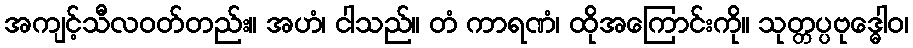
အကျင့်သီလဝတ်တည်း။ အဟံ၊ ငါသည်။ တံ ကာရဏံ၊ ထိုအကြောင်းကို။ သုတ္တပ္ပဗုဒ္ဓေါဝ၊